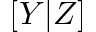
[ Y | Z ]